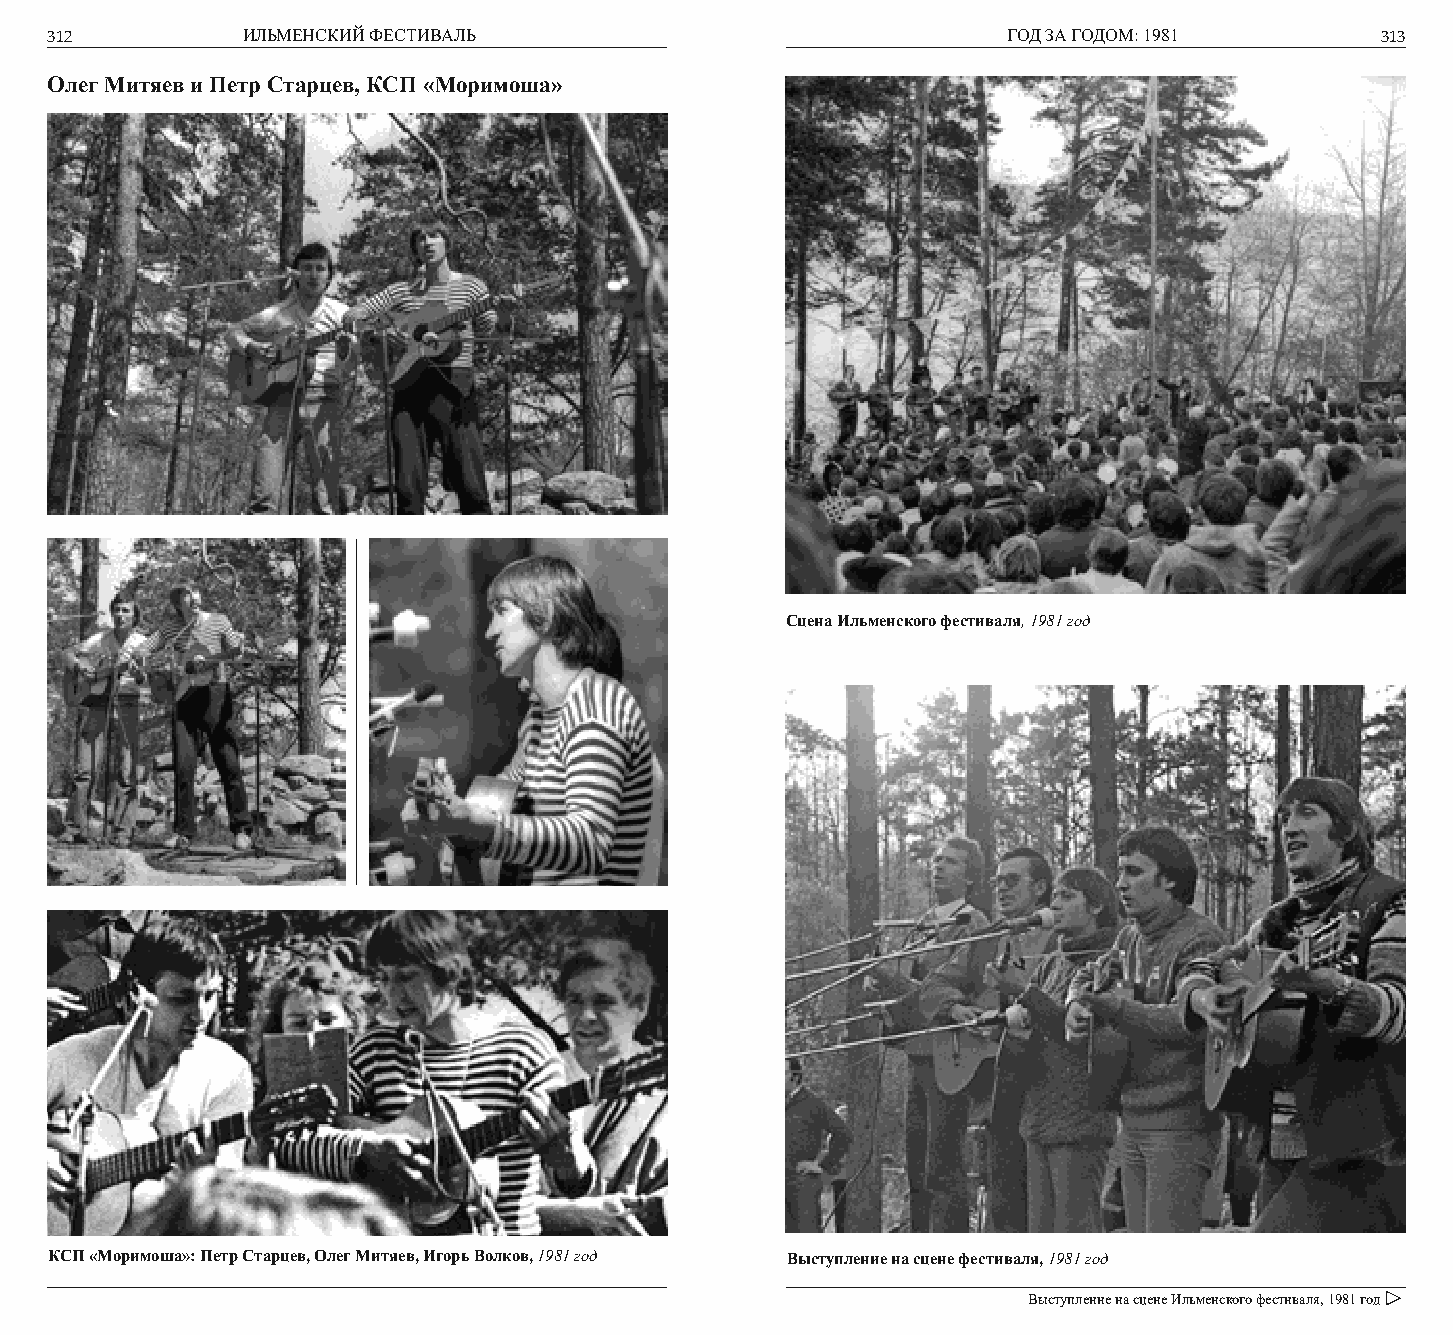
312          ИЛЬМЕНСКИЙ ФЕСТИВАЛЬ                               ГОД ЗА ГОДОМ: 1981      313
 Олег Митяев и Петр Старцев, КСП «Моримоша»
 Сцена Ильменского фестиваля, 1981 год
 КСП «Моримоша»: Петр Старцев, Олег Митяев, Игорь Волков, 1981 год Выступление на сцене фестиваля, 1981 год
 Выступление на сцене Ильменского фестиваля, 1981 год